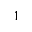
1